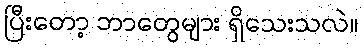
ပြီးတော့ ဘာတွေများ ရှိသေးသလဲ။